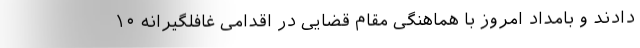
دادند و بامداد امروز با هماهنگی مقام قضایی در اقدامی غافلگیرانه ۱۰